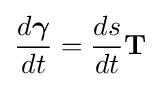
{\frac {d{\boldsymbol {\gamma }}}{dt}}={\frac {ds}{dt}}\mathbf {T}